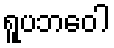
ရူပဘဝေါ